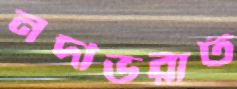
নদীভরাট